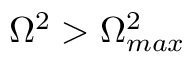
\Omega ^ { 2 } > \Omega _ { m a x } ^ { 2 }